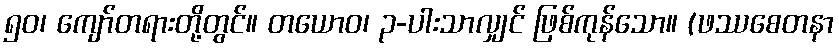
၅၀၊ ကျော်တရားတို့တွင်။ တယောဝ၊ ၃-ပါးသာလျှင် ဖြစ်ကုန်သော။ (ဖဿစေတနာ